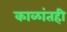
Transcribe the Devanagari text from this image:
काळांतही